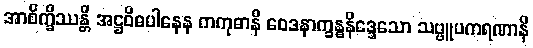
အာစိက္ခိဿန္တိ အဋ္ဌဝိဓပါနေန ကကုဓာနိ ဝေဒနာက္ခန္ဓနိဒ္ဒေသော သဗ္ဗူပကရဏာနိ